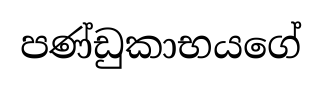
පණ්ඩුකාභයගේ